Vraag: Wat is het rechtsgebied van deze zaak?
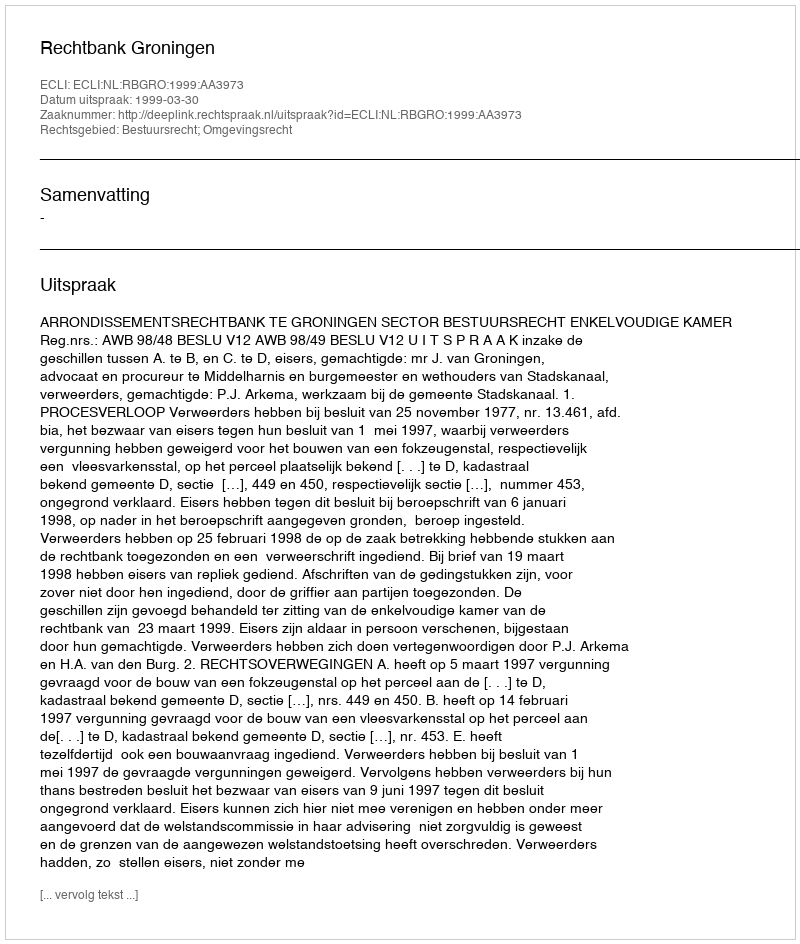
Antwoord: Bestuursrecht; Omgevingsrecht